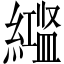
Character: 𬗻